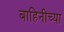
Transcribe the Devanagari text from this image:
बाहिनीच्या